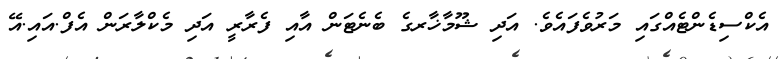
އެކްސިޑެންޓެއްގައި މަރުވެފައެވެ. އަދި ޝޫމާޚާރގެ ބެނެޓަން އާއި ފެރާރީ އަދި މެކްލާރަން އެފް.އައި.އޭ